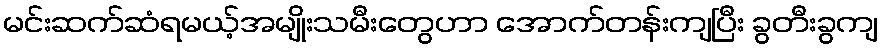
မင်းဆက်ဆံရမယ့်အမျိုးသမီးတွေဟာ အောက်တန်းကျပြီး ခွတီးခွကျ